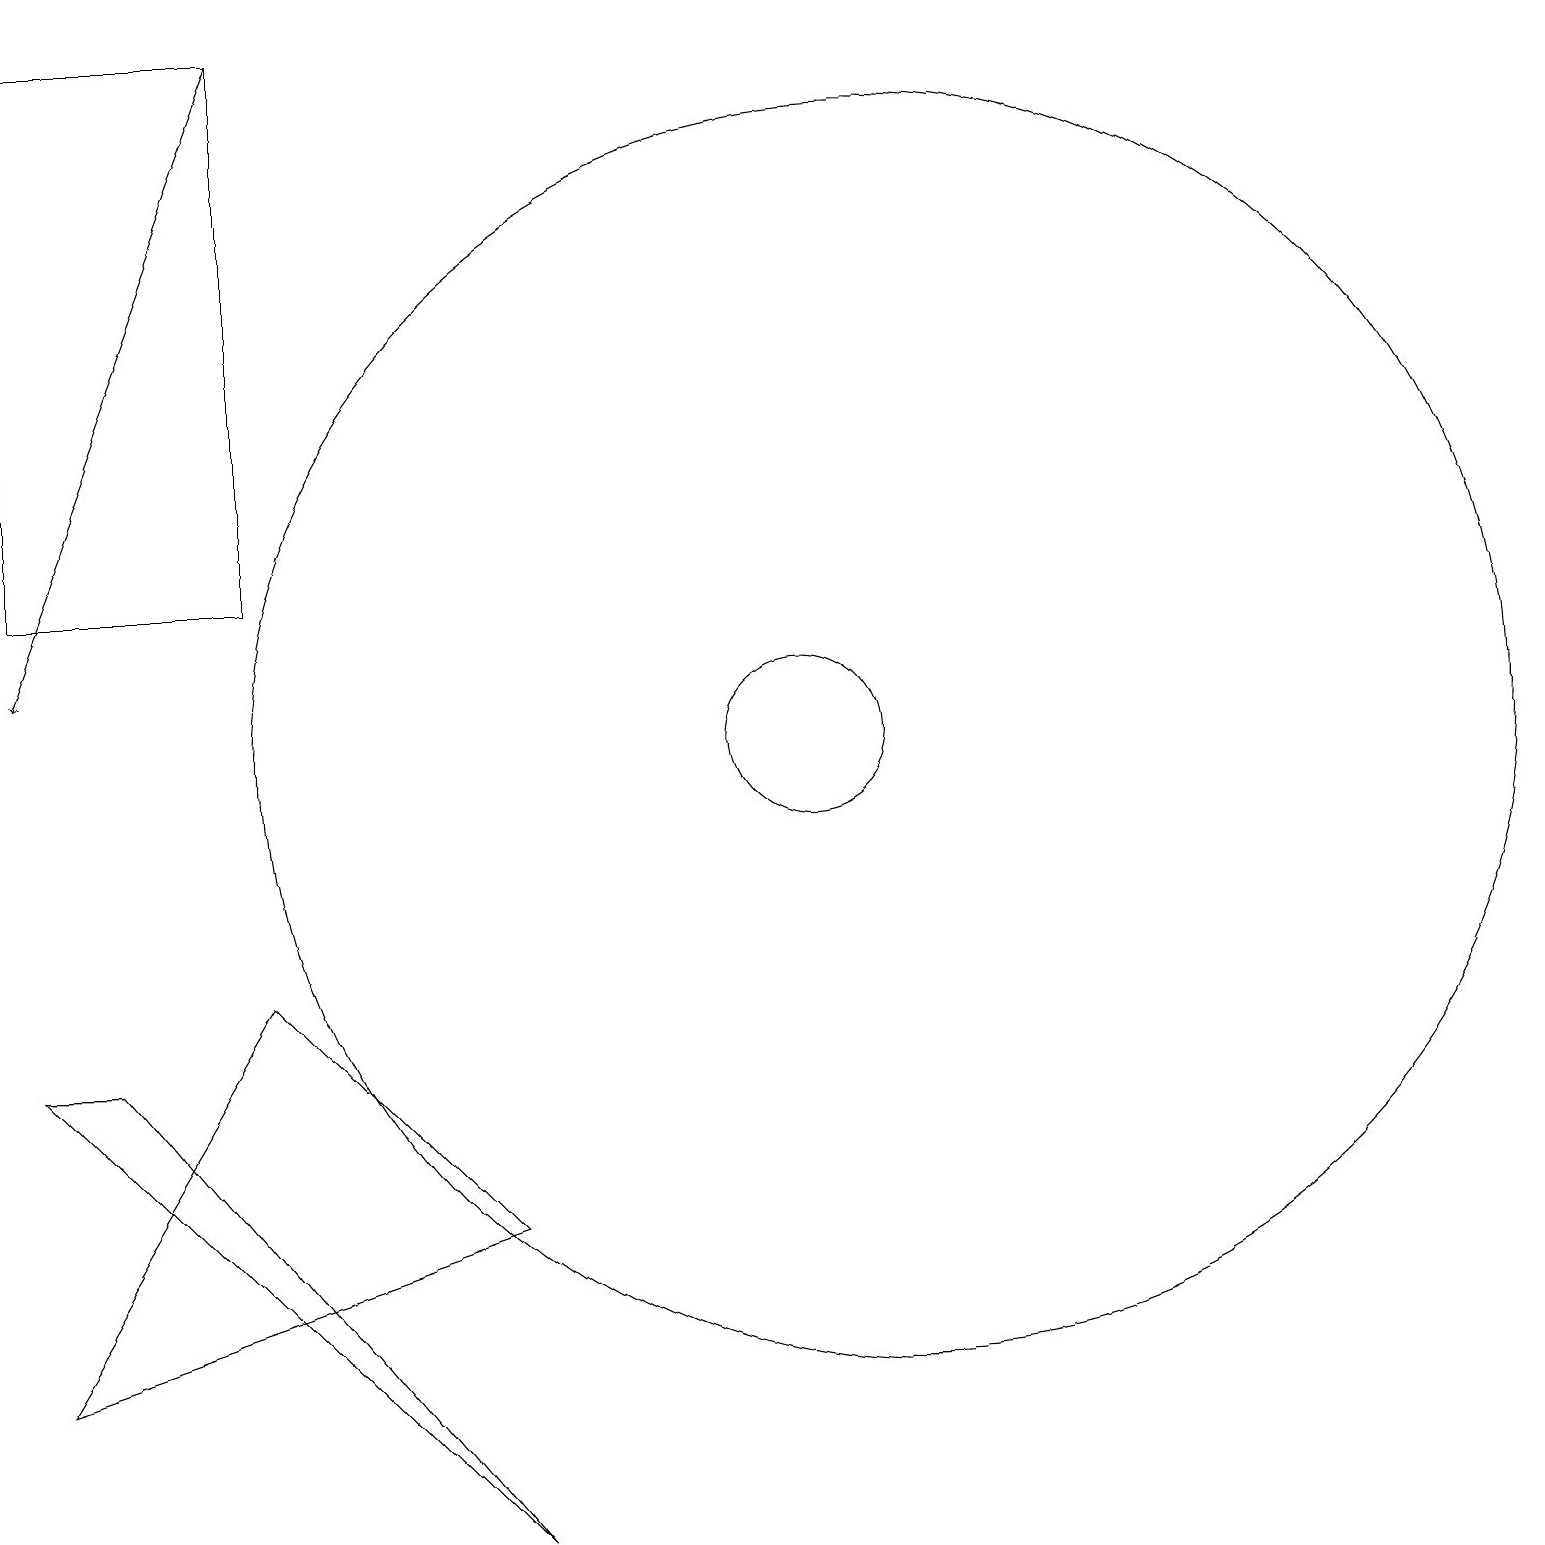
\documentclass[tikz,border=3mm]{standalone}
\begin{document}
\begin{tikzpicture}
\draw (3,7) -- (0,2) -- (6,4) -- cycle;
\draw (0,19) rectangle (3,12);
\draw (0,6) -- (1,6) -- (6,0) -- cycle;
\draw (11,10) circle (0);
\draw[->] (3,19) -- (0,11);
\draw (11,10) circle (8);
\draw (10,10) circle (1);
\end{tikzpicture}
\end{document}